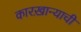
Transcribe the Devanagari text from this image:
कारख़ान्याची